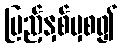
ပြည့်နှစ်မှစ၍